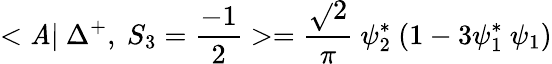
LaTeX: <\mathit{A}|~\Delta^{+},~S_{3}=\frac{{-1}}{{2}}>=\frac{{\sqrt{}{{2}}}}{{\pi}}~\psi_{2}^{*}~(1-3\psi_{1}^{*}~\psi_{1})